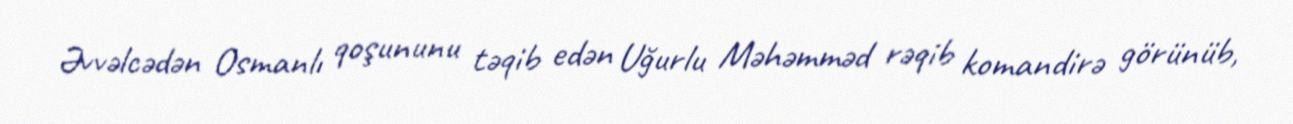
Əvvəlcədən Osmanlı qoşununu təqib edən Uğurlu Məhəmməd rəqib komandirə görünüb,